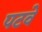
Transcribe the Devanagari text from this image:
पटवे